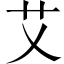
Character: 艾